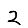
Digit: 2